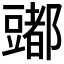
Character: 𰶠